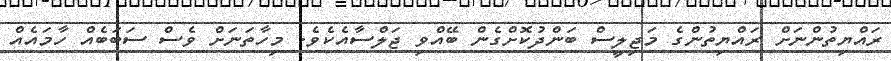
ރައްޔިތުންނަށް ރައްޔިތުންގެ މަޖިލީސް ބަންދުކޮށްގެން ބޭއްްވި ޖަލްސާއެކެވެ. މިހާތަނަށް ވެސް ސަބަބެއް ހާމައެއް